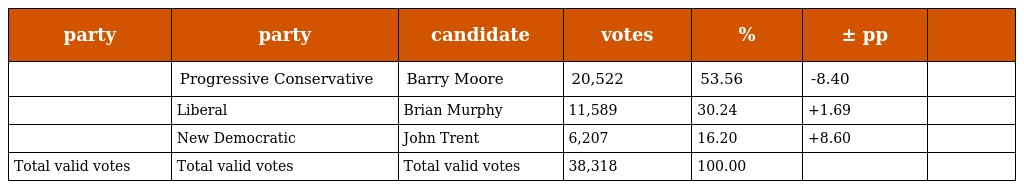
| party | party | candidate | votes | % | ± pp |  |
 | --- | --- | --- | --- | --- | --- | --- |
 |  | Progressive Conservative | Barry Moore | 20,522 | 53.56 | -8.40 |  |
 |  | Liberal | Brian Murphy | 11,589 | 30.24 | +1.69 |  |
 |  | New Democratic | John Trent | 6,207 | 16.20 | +8.60 |  |
 | Total valid votes | Total valid votes | Total valid votes | 38,318 | 100.00 |  |  |